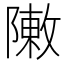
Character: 敶